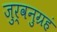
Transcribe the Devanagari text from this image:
जुर्वनुग्रहं